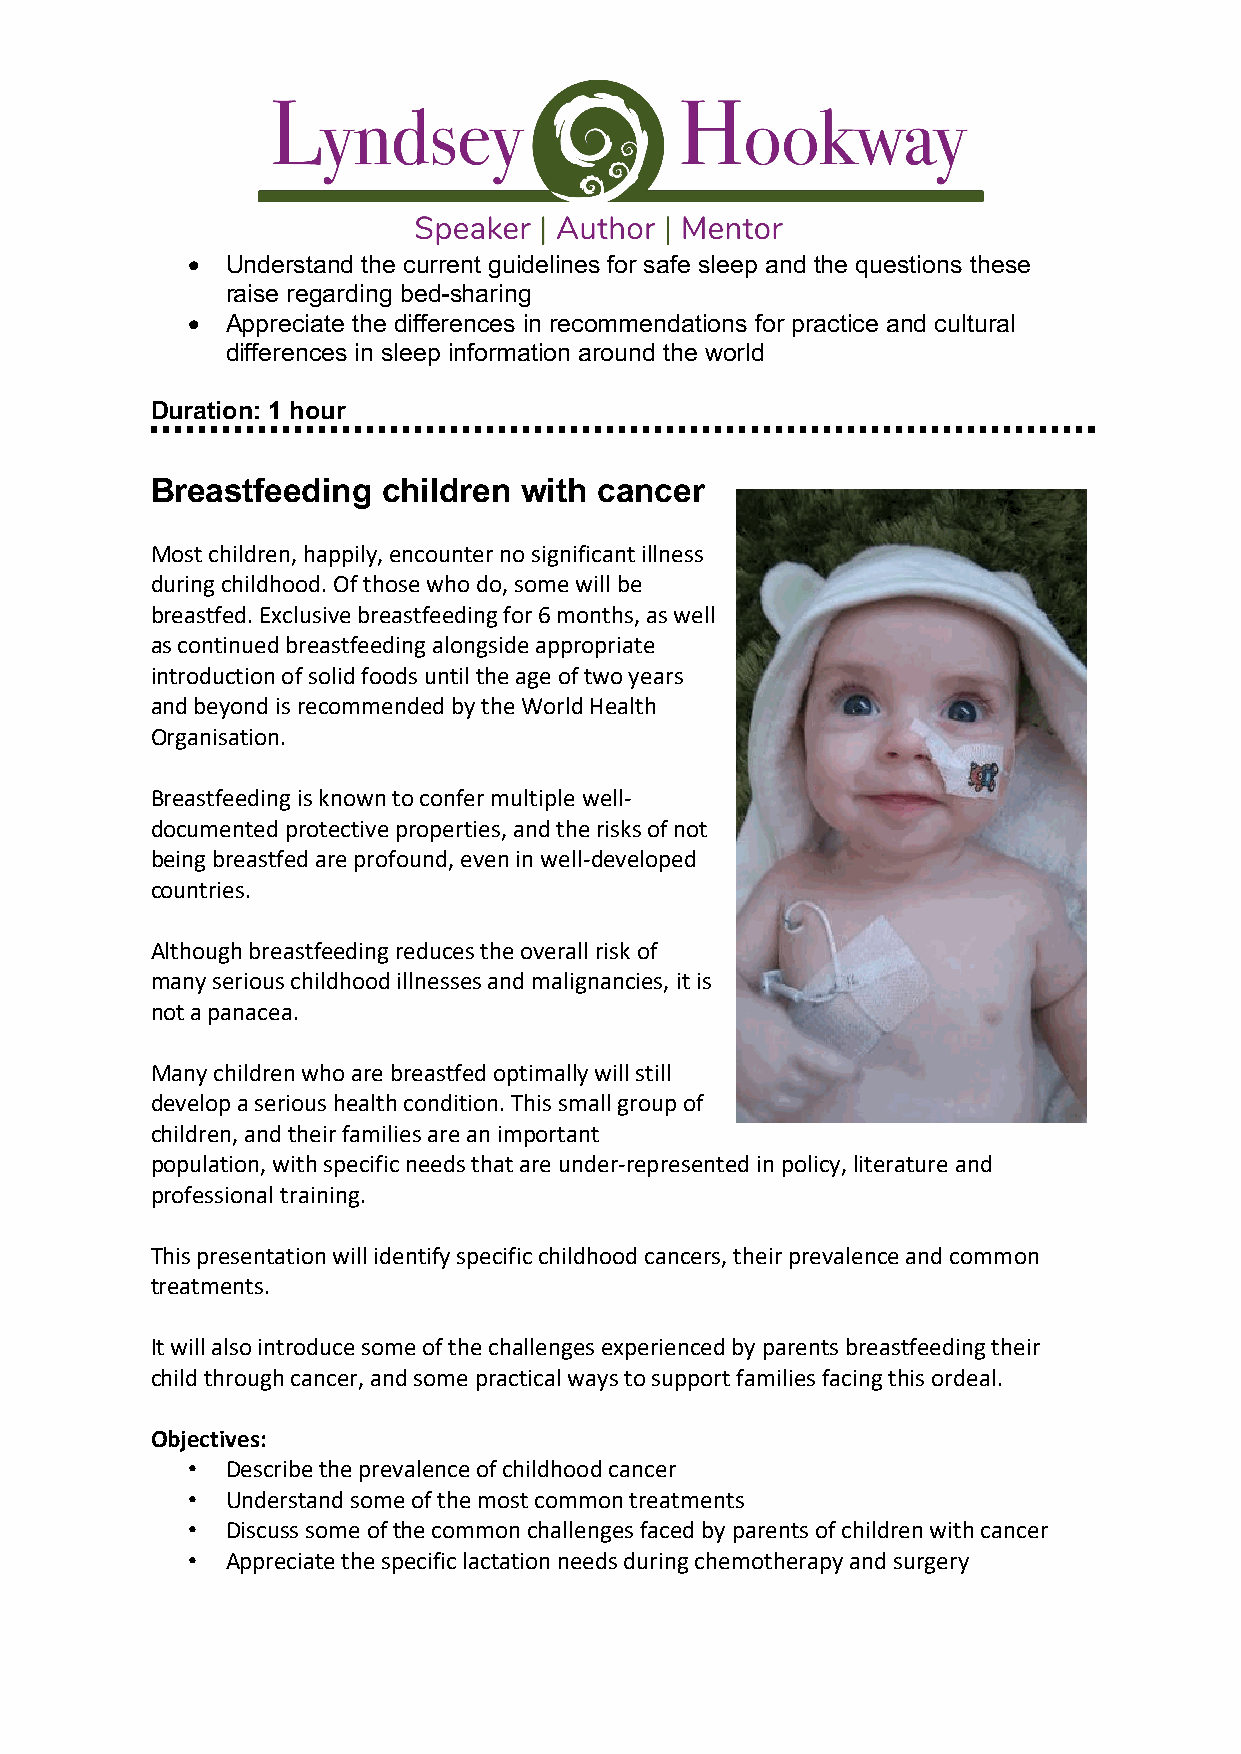
•  Understand the current guidelines for safe sleep and the questions these
 raise regarding bed-sharing
 •  Appreciate the differences in recommendations for practice and cultural
 differences in sleep information around the world
 Duration: 1 hour
 Breastfeeding  children  with cancer
 Most children, happily, encounter no significant illness
 during childhood. Of those who do, some will be
 breastfed. Exclusive breastfeeding for 6 months, as well
 as continued breastfeeding alongside appropriate
 introduction of solid foods until the age of two years
 and beyond is recommended by the World Health
 Organisation.
 Breastfeeding is known to confer multiple well-
 documented protective properties, and the risks of not
 being breastfed are profound, even in well-developed
 countries.
 Although breastfeeding reduces the overall risk of
 many serious childhood illnesses and malignancies, it is
 not a panacea.
 Many children who are breastfed optimally will still
 develop a serious health condition. This small group of
 children, and their families are an important
 population, with specific needs that are under-represented in policy, literature and
 professional training.
 This presentation will identify specific childhood cancers, their prevalence and common
 treatments.
 It will also introduce some of the challenges experienced by parents breastfeeding their
 child through cancer, and some practical ways to support families facing this ordeal.
 Objectives:
 •  Describe the prevalence of childhood cancer
 •  Understand some of the most common treatments
 •  Discuss some of the common challenges faced by parents of children with cancer
 •  Appreciate the specific lactation needs during chemotherapy and surgery